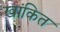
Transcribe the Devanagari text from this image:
खांकित